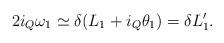
LaTeX: \begin{gather*}2i_Q\omega_1\simeq \delta (L_1+i_Q\theta_1)=\delta L'_1 .\end{gather*}